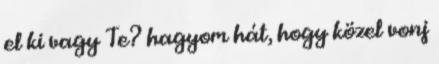
el ki vagy Te? hagyom hát, hogy közel vonj